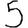
Digit: 5